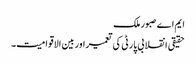
ایم اے صبور ملک
حقیقی انقلابی پارٹی کی تعمیراور بین الاقوامیت۔